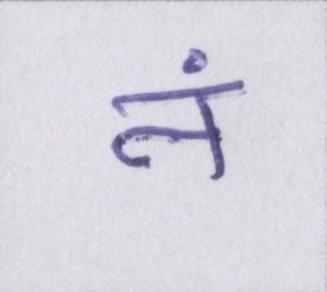
नं